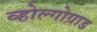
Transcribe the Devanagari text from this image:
व्होल्गोग्राड